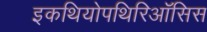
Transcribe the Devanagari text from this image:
इकथियोपथिरिऑसिस